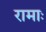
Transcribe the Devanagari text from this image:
रामाः